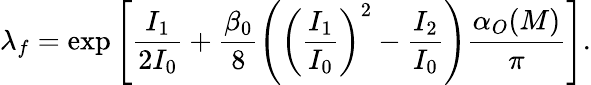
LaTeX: \lambda_{f}=\exp{\left[\frac{I_{1}}{2I_{0}}+\frac{\beta_{0}}{8}\left(\left(\frac{I_{1}}{I_{0}}\right)^{2}-\frac{I_{2}}{I_{0}}\right)\frac{\alpha_{O}(M)}{\pi}\right]}.